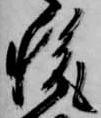
税